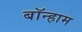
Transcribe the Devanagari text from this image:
बॉन्हाम